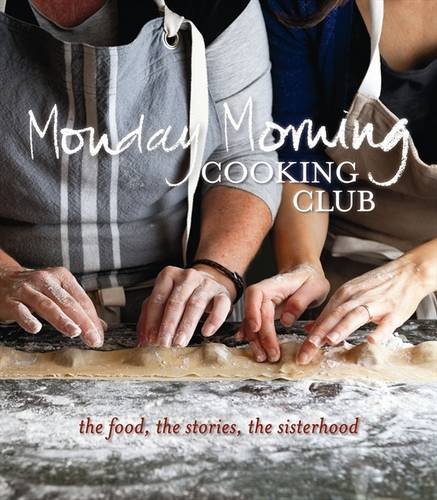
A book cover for Monday Morning Cooking Club; Monday Morning Cooking Club; Cookbooks, Food & Wine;